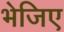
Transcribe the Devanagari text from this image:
भेजिए